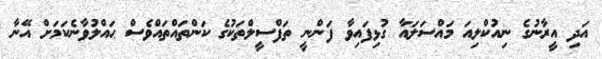
އަދި އީރާނުގެ ނިއުކްލިއަ މައްސަލައާ ގުޅިފައިވާ ފަންނީ ތަފްސީލްތަކުގެ ކަންތައްތައްވެސް ޙައްލުވާނެކަމަށް އޭނާ